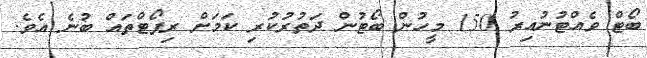
ބޯޓް ވެއްޓުނުއިރު 150 މީހުން ބޯޓުން ދަތުރުކުރި ކަމަށް ރިޕޯޓްތައް ބުނެ އެވެ.